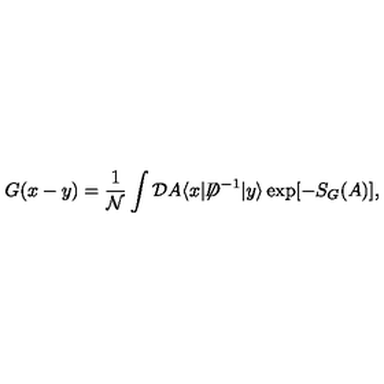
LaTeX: G ( x - y ) = \frac { 1 } { { \mathcal N } } \int { \mathcal D } A \langle x | { \not \! \! D } ^ { - 1 } | y \rangle \exp [ - S _ { G } ( A ) ] ,